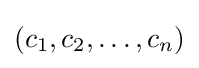
(c_{1},c_{2},\ldots ,c_{n})